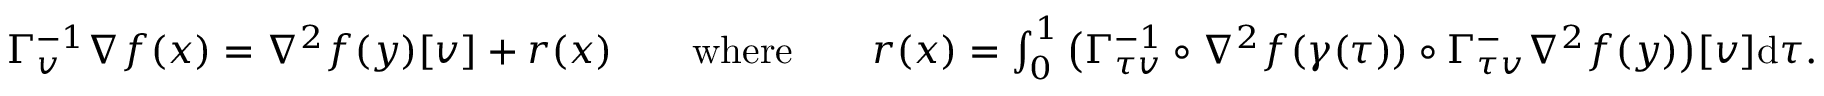
\begin{array} { r l r l r } { \Gamma _ { v } ^ { - 1 } \nabla f ( x ) = \nabla ^ { 2 } f ( y ) [ v ] + r ( x ) } & { } & { \mathrm { w h e r e } } & { } & { r ( x ) = \int _ { 0 } ^ { 1 } \big ( \Gamma _ { \tau v } ^ { - 1 } \circ \nabla ^ { 2 } f ( \gamma ( \tau ) ) \circ \Gamma _ { \tau v } ^ - \nabla ^ { 2 } f ( y ) \big ) [ v ] \mathrm { d } \tau . } \end{array}